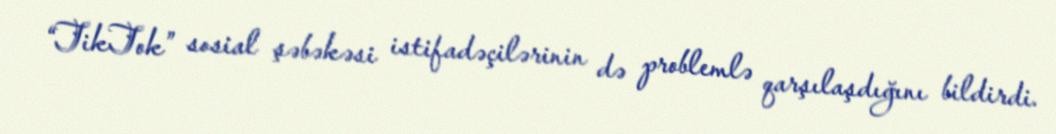
“TikTok” sosial şəbəkəsi istifadəçilərinin də problemlə qarşılaşdığını bildirdi.